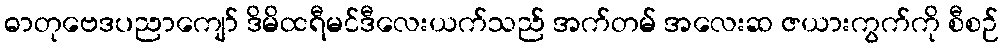
ဓာတုဗေဒပညာကျော် ဒိမိထရီမင်ဒီလေးယက်သည် အက်တမ် အလေးဆ ဇယားကွက်ကို စီစဉ်